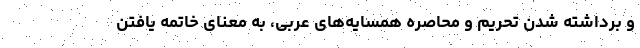
و برداشته شدن تحریم‌ و محاصره همسایه‌های عربی، به معنای خاتمه یافتن